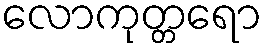
လောကုတ္တရော